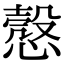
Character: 𢡱